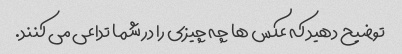
توضیح دهید که عکس ها چه چیزی را در شما تداعی می کنند.